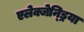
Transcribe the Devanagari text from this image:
एलेक्जेन्ड्रिया